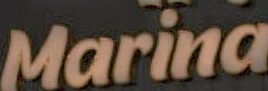
Marina